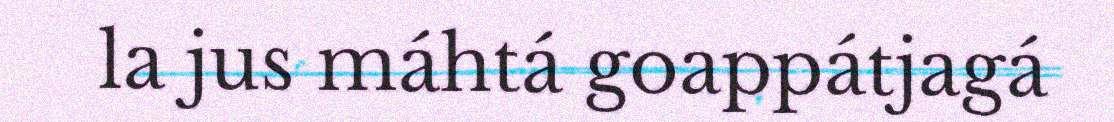
la jus máhtá goappátjagá